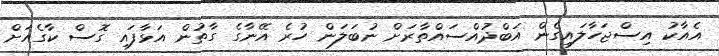
އެއާކު އިސްޖަހާލައިގެން އަބްދުއްސައްތާރަށް ނުބަލަން ހުރެ އޭނާގެ ގާތުން އަޅާފައި ގޮސް ކާގެއަށް